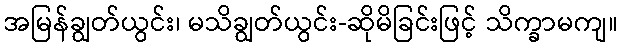
အမြန်ချွတ်ယွင်း၊ မသိချွတ်ယွင်း-ဆိုမိခြင်းဖြင့် သိက္ခာမကျ။